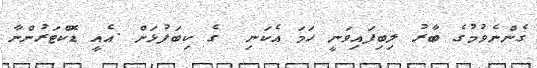
ގެންނެވުމުގެ ބާރު ލިބިފައިވަނީ ހަމަ އެކަނި  ގެ ކިބަފުޅަށް .އެއީ ޑޮކްޓަރުންނާ